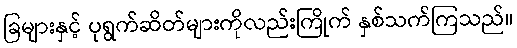
ခြများနှင့် ပုရွက်ဆိတ်များကိုလည်းကြိုက် နှစ်သက်ကြသည်။